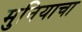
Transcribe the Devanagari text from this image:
मुनियाचा